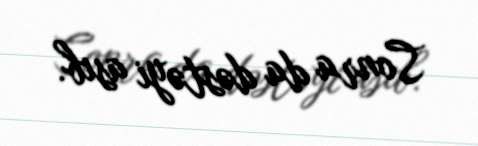
Sonra da dəstəyi asıb.